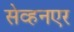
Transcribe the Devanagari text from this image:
सेव्हनएर